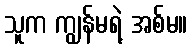
သူက ကျွန်မရဲ့ အစ်မ။